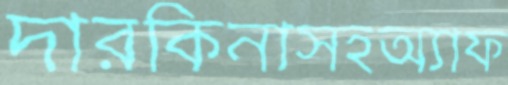
দারকিনাসহঅ্যাফ